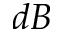
d B